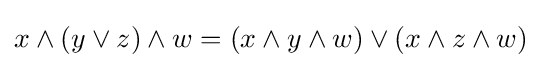
x\wedge (y\vee z)\wedge w=(x\wedge y\wedge w)\vee (x\wedge z\wedge w)